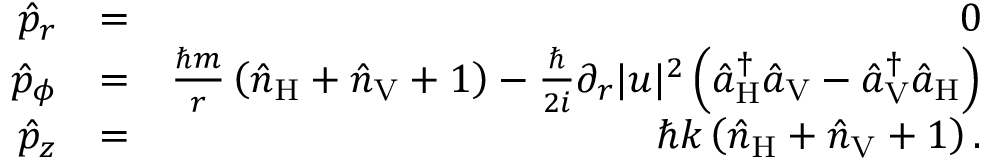
\begin{array} { r l r } { \hat { p } _ { r } } & { = } & { 0 } \\ { \hat { p } _ { \phi } } & { = } & { \frac { \hbar m } { r } \left( \hat { n } _ { \mathrm { H } } + \hat { n } _ { \mathrm { V } } + 1 \right) - \frac { \hbar } { 2 i } \partial _ { r } | u | ^ { 2 } \left( \hat { a } _ { \mathrm { H } } ^ { \dagger } \hat { a } _ { \mathrm { V } } - \hat { a } _ { \mathrm { V } } ^ { \dagger } \hat { a } _ { \mathrm { H } } \right) } \\ { \hat { p } _ { z } } & { = } & { \hbar k \left( \hat { n } _ { \mathrm { H } } + \hat { n } _ { \mathrm { V } } + 1 \right) . } \end{array}